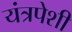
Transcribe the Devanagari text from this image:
यंत्रपेशी